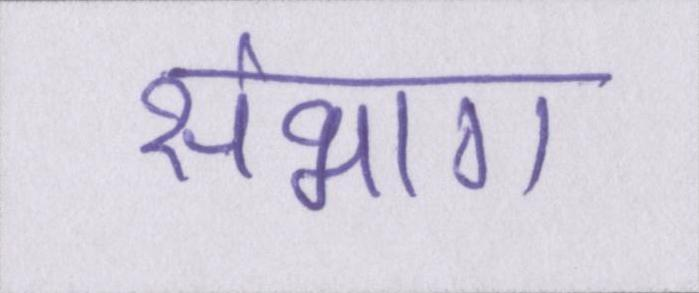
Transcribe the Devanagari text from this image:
संभाग